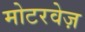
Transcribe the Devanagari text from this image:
मोटरवेज़